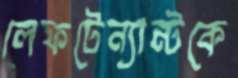
লেফটেন্যান্টকে